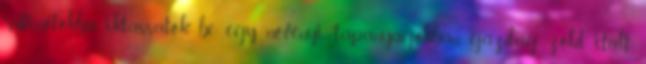
rutinotokba iktassatok be egy növényi tápanyagokban gazdag zöld italt.